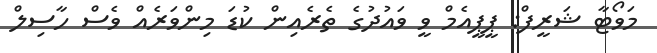
މަވޯޓާ ޝަރީފް: ޕީޕީއެމް ވީ ވައުދުގެ ތެރެއިން ކުޑަ މިންވަރެއް ވެސް ހާސިލް